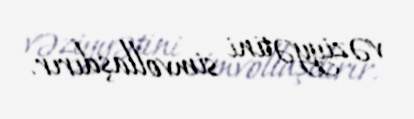
vəziyyətini simvollaşdırır.